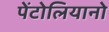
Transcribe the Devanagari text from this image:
पेंटोलियानो